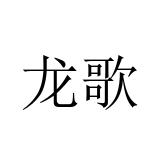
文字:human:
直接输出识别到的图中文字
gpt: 龙歌